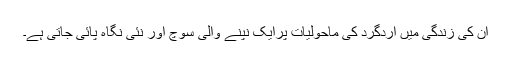
ان کی زندگی میں اردگرد کی ماحولیات پرایک نپنے والی سوچ اور نئی نگاہ پائی جاتی ہے۔